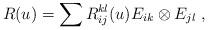
LaTeX: \begin{align*} R(u)&=\sum R^{kl}_{ij}(u) E_{ik} \otimes E_{jl} \;,\end{align*}